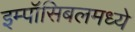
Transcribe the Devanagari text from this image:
इम्पॉसिबलमध्ये